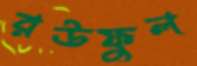
রউফুল